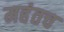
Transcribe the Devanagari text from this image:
महंतच